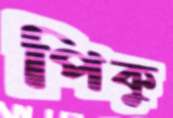
পিকু